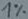
Text: 1%